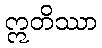
ဣတိဿာ